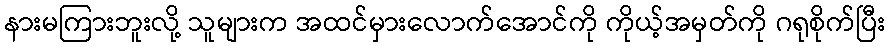
နားမကြားဘူးလို့ သူများက အထင်မှားလောက်အောင်ကို ကိုယ့်အမှတ်ကို ဂရုစိုက်ပြီး